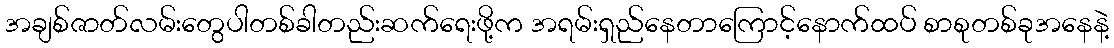
အချစ်ဇာတ်လမ်းတွေပါတစ်ခါတည်းဆက်ရေးဖို့က အရမ်းရှည်နေတာကြောင့်နောက်ထပ် စာစုတစ်ခုအနေနဲ့